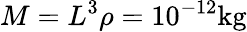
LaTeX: M=L^{3}\rho=10^{-12}\mathrm{kg}